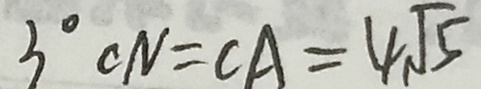
3 ^ { \circ } C N = C A = 4 \sqrt { 5 }